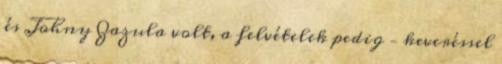
és Johny Zazula volt, a felvételek pedig – keveréssel